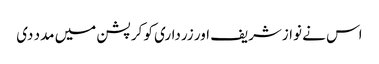
اس نے نوازشریف اور زرداری کو کرپشن میں مدد دی